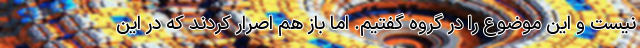
نیست و این موضوع را در گروه گفتیم. اما باز هم اصرار کردند که در این